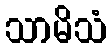
သာမိသံ